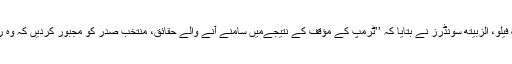
’کونسل آف فارین رلیشنز‘ کی وزٹنگ فیلو، الزبیتھ سونڈرز نے بتایا کہ ’’ٹرمپ کے مؤقف کے نتیجےمیں سامنے آنے والے حقائق، منتخب صدر کو مجبور کردیں کہ وہ روایتی امیدواروں سے باہر جھانکیں‘‘۔